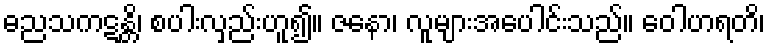
ဓညသကဋန္တိ၊ စပါးလှည်းဟူ၍။ ဇနော၊ လူများအပေါင်းသည်။ ဝေါဟရတိ၊